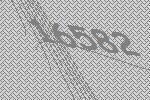
16582